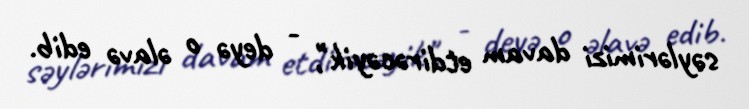
səylərimizi davam etdirəcəyik", - deyə o əlavə edib.